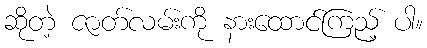
ဆိုတဲ့ ဇာတ်လမ်းကို နားထောင်ကြည့် ပါ။